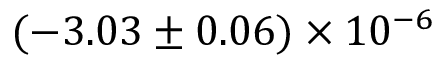
( - 3 . 0 3 \pm 0 . 0 6 ) \times 1 0 ^ { - 6 }